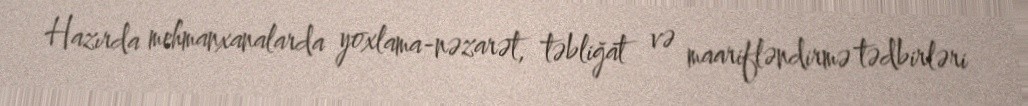
Hazırda mehmanxanalarda yoxlama-nəzarət, təbliğat və maarifləndirmə tədbirləri